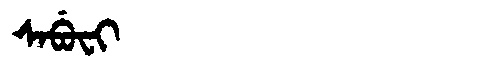
Manchu: ᠰᠠᠪᡠᠸᡳ
Romanization: SABUFI